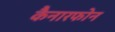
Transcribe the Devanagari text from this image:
कैनारफोन